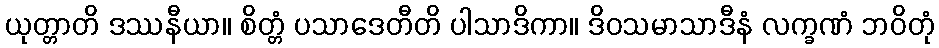
ယုတ္တာတိ ဒဿနီယာ။ စိတ္တံ ပသာဒေတီတိ ပါသာဒိကာ။ ဒိဝသမာသာဒီနံ လက္ခဏံ ဘဝိတုံ